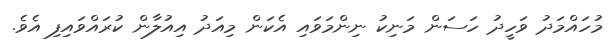
މުހައްމަދު ވަހީދު ހަސަން މަނިކު ނިންމަވައި އެކަން މިއަދު އިއުލާން ކުރައްވައިފި އެވެ.